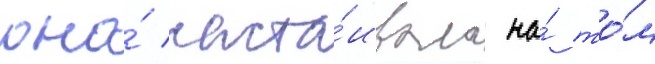
она́ наста́ивала на́ то́м